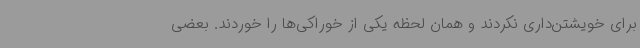
برای خویشتن‌داری نکردند و همان لحظه یکی از خوراکی‌ها را خوردند. بعضی